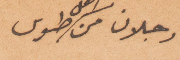
رجلان من اهل طوس